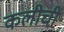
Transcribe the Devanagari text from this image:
कलीची